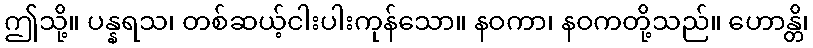
ဤသို့။ ပန္နရသ၊ တစ်ဆယ့်ငါးပါးကုန်သော။ နဝကာ၊ နဝကတို့သည်။ ဟောန္တိ၊